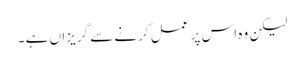
لیکن وہ اس پر عمل کرنے سے گریزاں ہے ۔